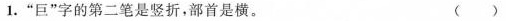
1.”巨”字的第二笔是竖折，部首是横。 （ ）